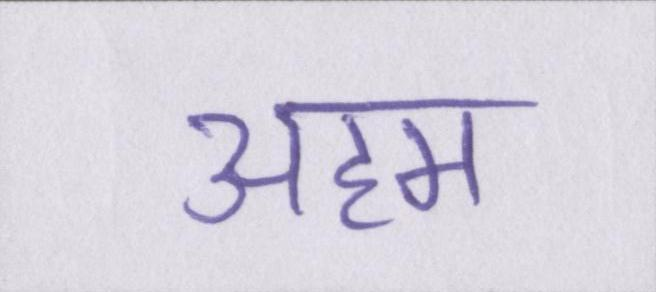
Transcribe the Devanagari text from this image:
अहम